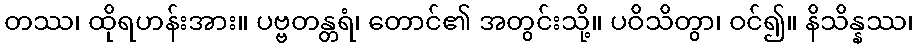
တဿ၊ ထိုရဟန်းအား။ ပဗ္ဗတန္တရံ၊ တောင်၏ အတွင်းသို့။ ပဝိသိတွာ၊ ဝင်၍။ နိသိန္နဿ၊